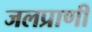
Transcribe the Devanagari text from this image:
जलप्राणी